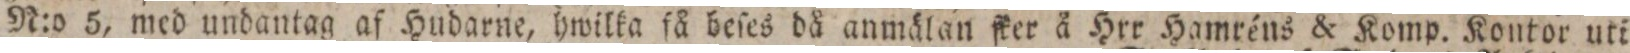
N:o 5, med undantag af Hudarne, hwilka få beſes då anmälan ſker å Hrr Hamréns & Komp. Kontor uti